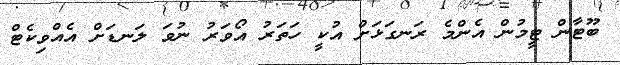
ބޫޓާން ޓީމުން އެންމެ ރަނގަޅަށް އުކީ ހަތަރު އޯވަރު ނުވަ ލަނޑަށް އެއްވިކެޓް